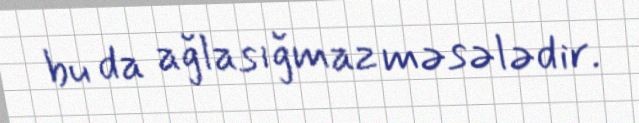
bu da ağlasığmaz məsələdir.